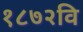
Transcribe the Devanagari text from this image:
१८७२वि